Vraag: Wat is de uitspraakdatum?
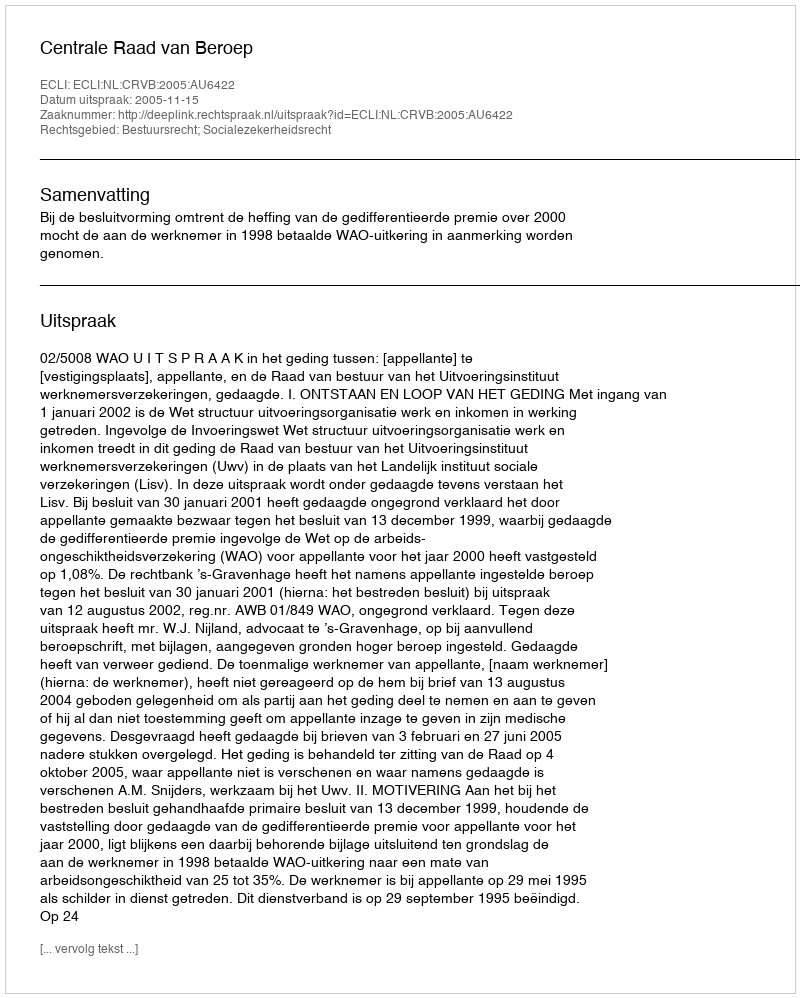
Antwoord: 2005-11-15